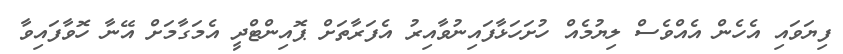
ފިޔަވައި އެހެން އެއްވެސް ލިޔުމެއް ހުށަހަޅާފައިނުވާއިރު އެފަރާތަށް ޕޮއިންޓްދީ އެމަގާމަށް އޭނާ ހޮވާފައިވާ